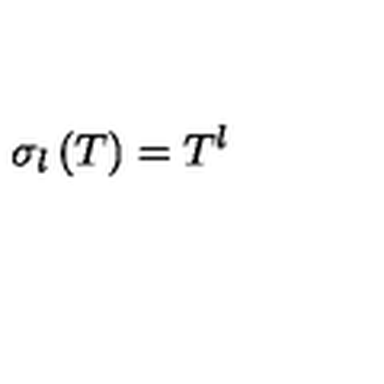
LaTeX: \sigma _ { l } \left( T \right) = T ^ { l }